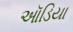
ઑડિયા